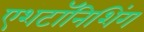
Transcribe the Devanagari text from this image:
एशटॉनिशिंग